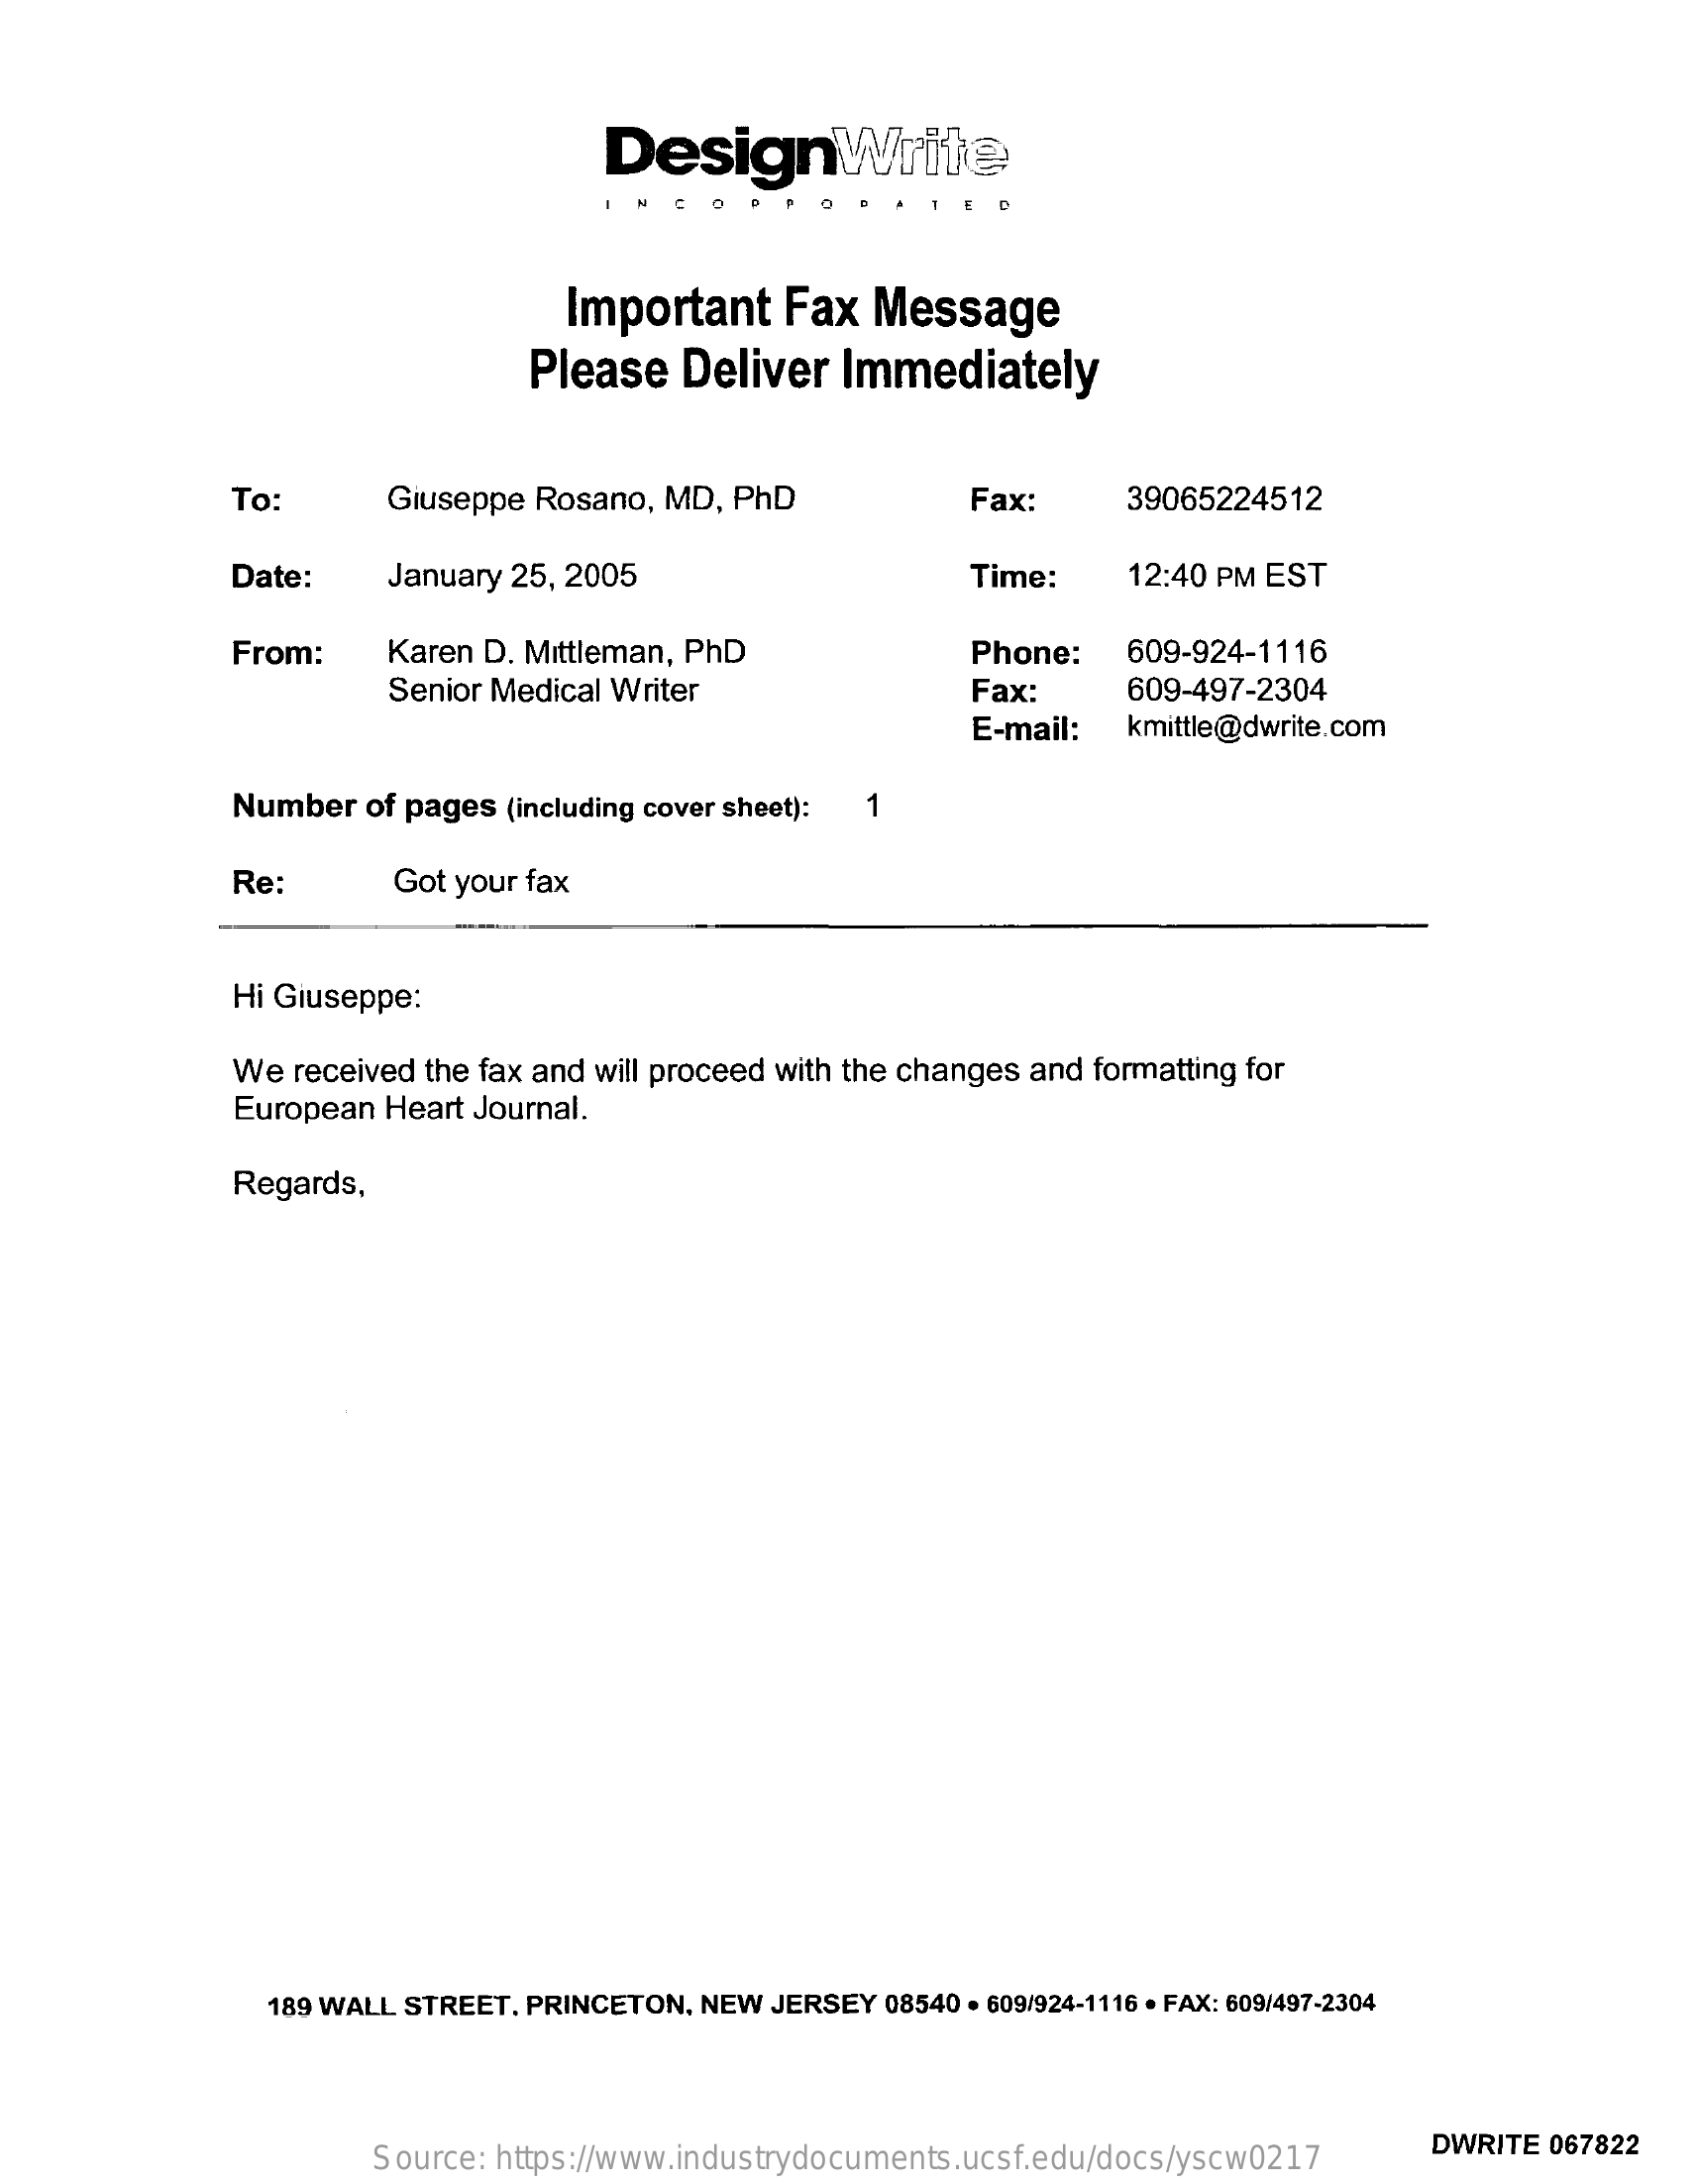
DesignWrite
     Important    Fax  Message
     Please  Deliver   Immediately
     To    Giuseppe Rosano, MD, PhD    Fax:    39065224512
     Date:    January 25, 2005    Time:    12:40 PM EST
     From:    Karen D. Mittleman, PhD    Phone:   609-924-1116
     Senior Medical Writer    Fax:    609-497-2304
     E-mail:  kmittle@dwrite.com
     Number  of pages (including cover sheet): 1
     Re:    Got your fax
     Hi Giuseppe:
     We received the fax and will proceed with the changes and formatting for
     European Heart Journal.
     Regards,
     189 WALL STREET. PRINCETON, NEW JERSEY 08540 . 609/924-1116 · FAX: 609/497-2304
     Source: https://www.industrydocuments.ucsf.edu/docs/yscw0217
     DWRITE 067822